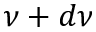
\nu + d \nu